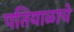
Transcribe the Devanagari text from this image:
पतियाळाचे